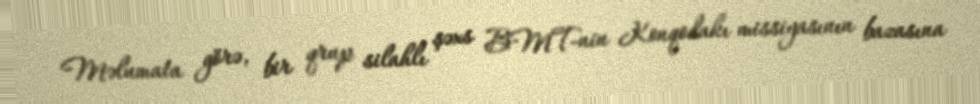
Məlumata görə, bir qrup silahlı şəxs BMT-nin Konqodakı missiyasının bazasına